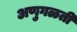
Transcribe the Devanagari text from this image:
अणुगळती